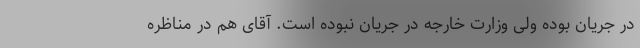
در جریان بوده ولی وزارت خارجه در جریان نبوده است. آقای هم در مناظره